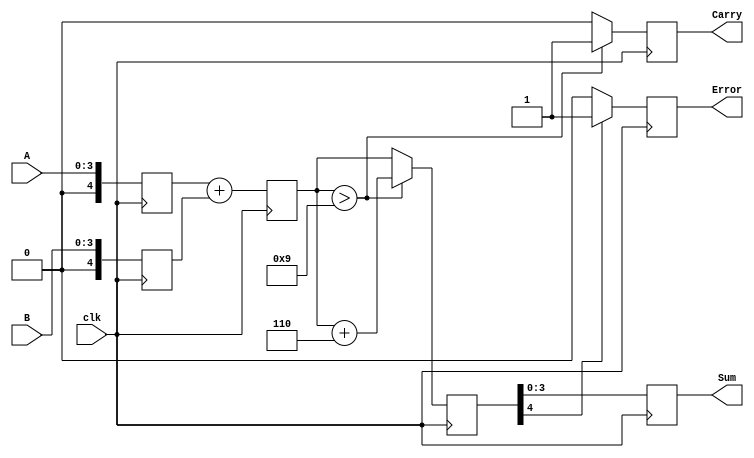
module BCD_Redundant_Binary_Adder (
    input wire clk,
    input wire [3:0] A, // BCD digit A
    input wire [3:0] B, // BCD digit B
    output reg [3:0] Sum, // Corrected BCD Sum
    output reg Carry, // Carry to the next BCD digit
    output reg Error // Error flag
);

    // Internal signals
    reg [4:0] redundant_A; // Redundant binary representation of A
    reg [4:0] redundant_B; // Redundant binary representation of B
    reg [4:0] raw_sum; // Raw sum of redundant A and B
    reg [4:0] corrected_sum; // Corrected sum after BCD adjustment

    // Redundant binary representation (5 bits)
    always @(posedge clk) begin
        // Convert BCD to redundant binary (for simplicity, we assume direct mapping)
        redundant_A <= {1'b0, A}; // 4-bit A to 5-bit redundant A
        redundant_B <= {1'b0, B}; // 4-bit B to 5-bit redundant B

        // Perform addition
        raw_sum <= redundant_A + redundant_B;

        // Check for BCD correction (if sum exceeds 9)
        if (raw_sum > 5'b01001) begin // 9 in binary
            corrected_sum <= raw_sum + 5'b00110; // Add 6 in binary
            Carry <= 1'b1; // Set carry flag
        end else begin
            corrected_sum <= raw_sum;
            Carry <= 1'b0; // No carry
        end

        // Assign the corrected sum to the output
        Sum <= corrected_sum[3:0]; // Take the lower 4 bits for BCD output

        // Error detection logic (simple example)
        if (corrected_sum[4] == 1'b1) begin // Check for overflow in the 5th bit
            Error <= 1'b1; // Set error flag
        end else begin
            Error <= 1'b0; // No error
        end
    end

endmodule